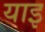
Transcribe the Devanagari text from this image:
याइ